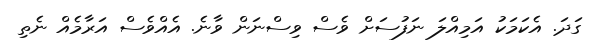
ގަދަ. އެކަމަކު އަމިއްލަ ނަފުސަށް ވެސް ވިސްނަން ވާނެ. އެއްވެސް އަރާމެއް ނެތި